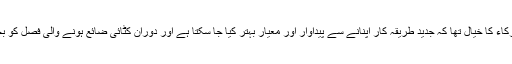
کانفرنس کے شرکاء کا خیال تھا کہ جدید طریقہ کار اپنانے سے پیداوار اور معیار بہتر کیا جا سکتا ہے اور دوران کٹائی ضائع ہونے والی فصل کو بچایا جا سکتا ہے۔